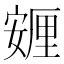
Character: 𡪸